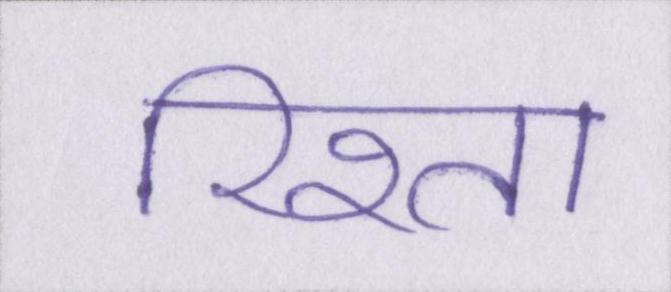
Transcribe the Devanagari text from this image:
रिश्ता